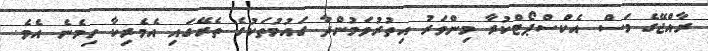
ރާއްޖޭގެ މަސް އެކްސްޕޯޓްކުރާ މިންވަރު އިތުރުވަމުންދާ ގައުމުތަކުގެ ތެރޭގައި އެމެރިކާ ހިމެނެ އެވެ.